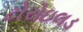
ટોરોઇલડ